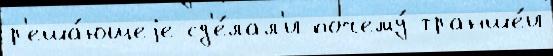
р'еша́ющеjе сд'е́лал'и почему́ транше́и